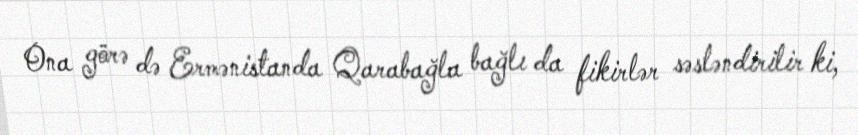
Ona görə də Ermənistanda Qarabağla bağlı da fikirlər səsləndirilir ki,